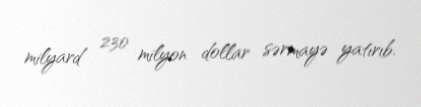
milyard 230 milyon dollar sərmayə yatırıb.